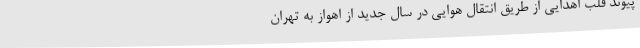
پیوند قلب اهدایی از طریق انتقال هوایی در سال جدید از اهواز به تهران